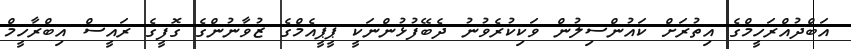
އަބްދުއްރަހީމްގެ އިތުރަށް ކައުންސިލުން ވަކިކުރެވުނު ދެބޭފުޅުންނަކީ ޕީޕީއެމްގެ ޒުވާނުންގެ ގޮފީގެ ރައީސް އިބްރާހީމް